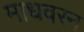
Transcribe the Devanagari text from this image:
माधवरन